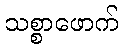
သစ္စာဖောက်